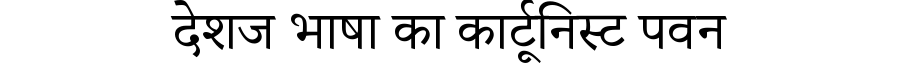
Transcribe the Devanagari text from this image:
देशज भाषा का कार्टूनिस्ट पवन